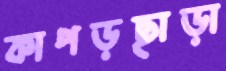
কাপড়ছাড়া